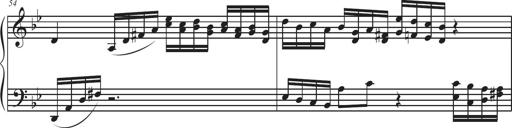
Title: Sonatina Espania
Composer: Jerald Franklin Archer
Key: Various